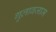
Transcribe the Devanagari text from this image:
गुलाबजाम